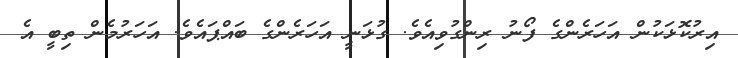
އިރުކޮޅަކުން އަހަރެންގެ ފޯނު ރިންގުވިއެވެ. ގުޅަނީ އަހަރެންގެ ބައްޕައެވެ. އަހަރުމެން ތިބީ އެ